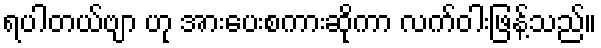
ရပါတယ်ဗျာ ဟု အားပေးစကားဆိုကာ လက်ဝါးဖြန့်သည်။